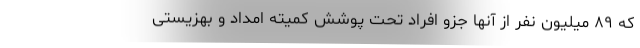
که ۸۹ میلیون نفر از آنها جزو افراد تحت پوشش کمیته امداد و بهزیستی